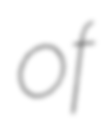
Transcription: of